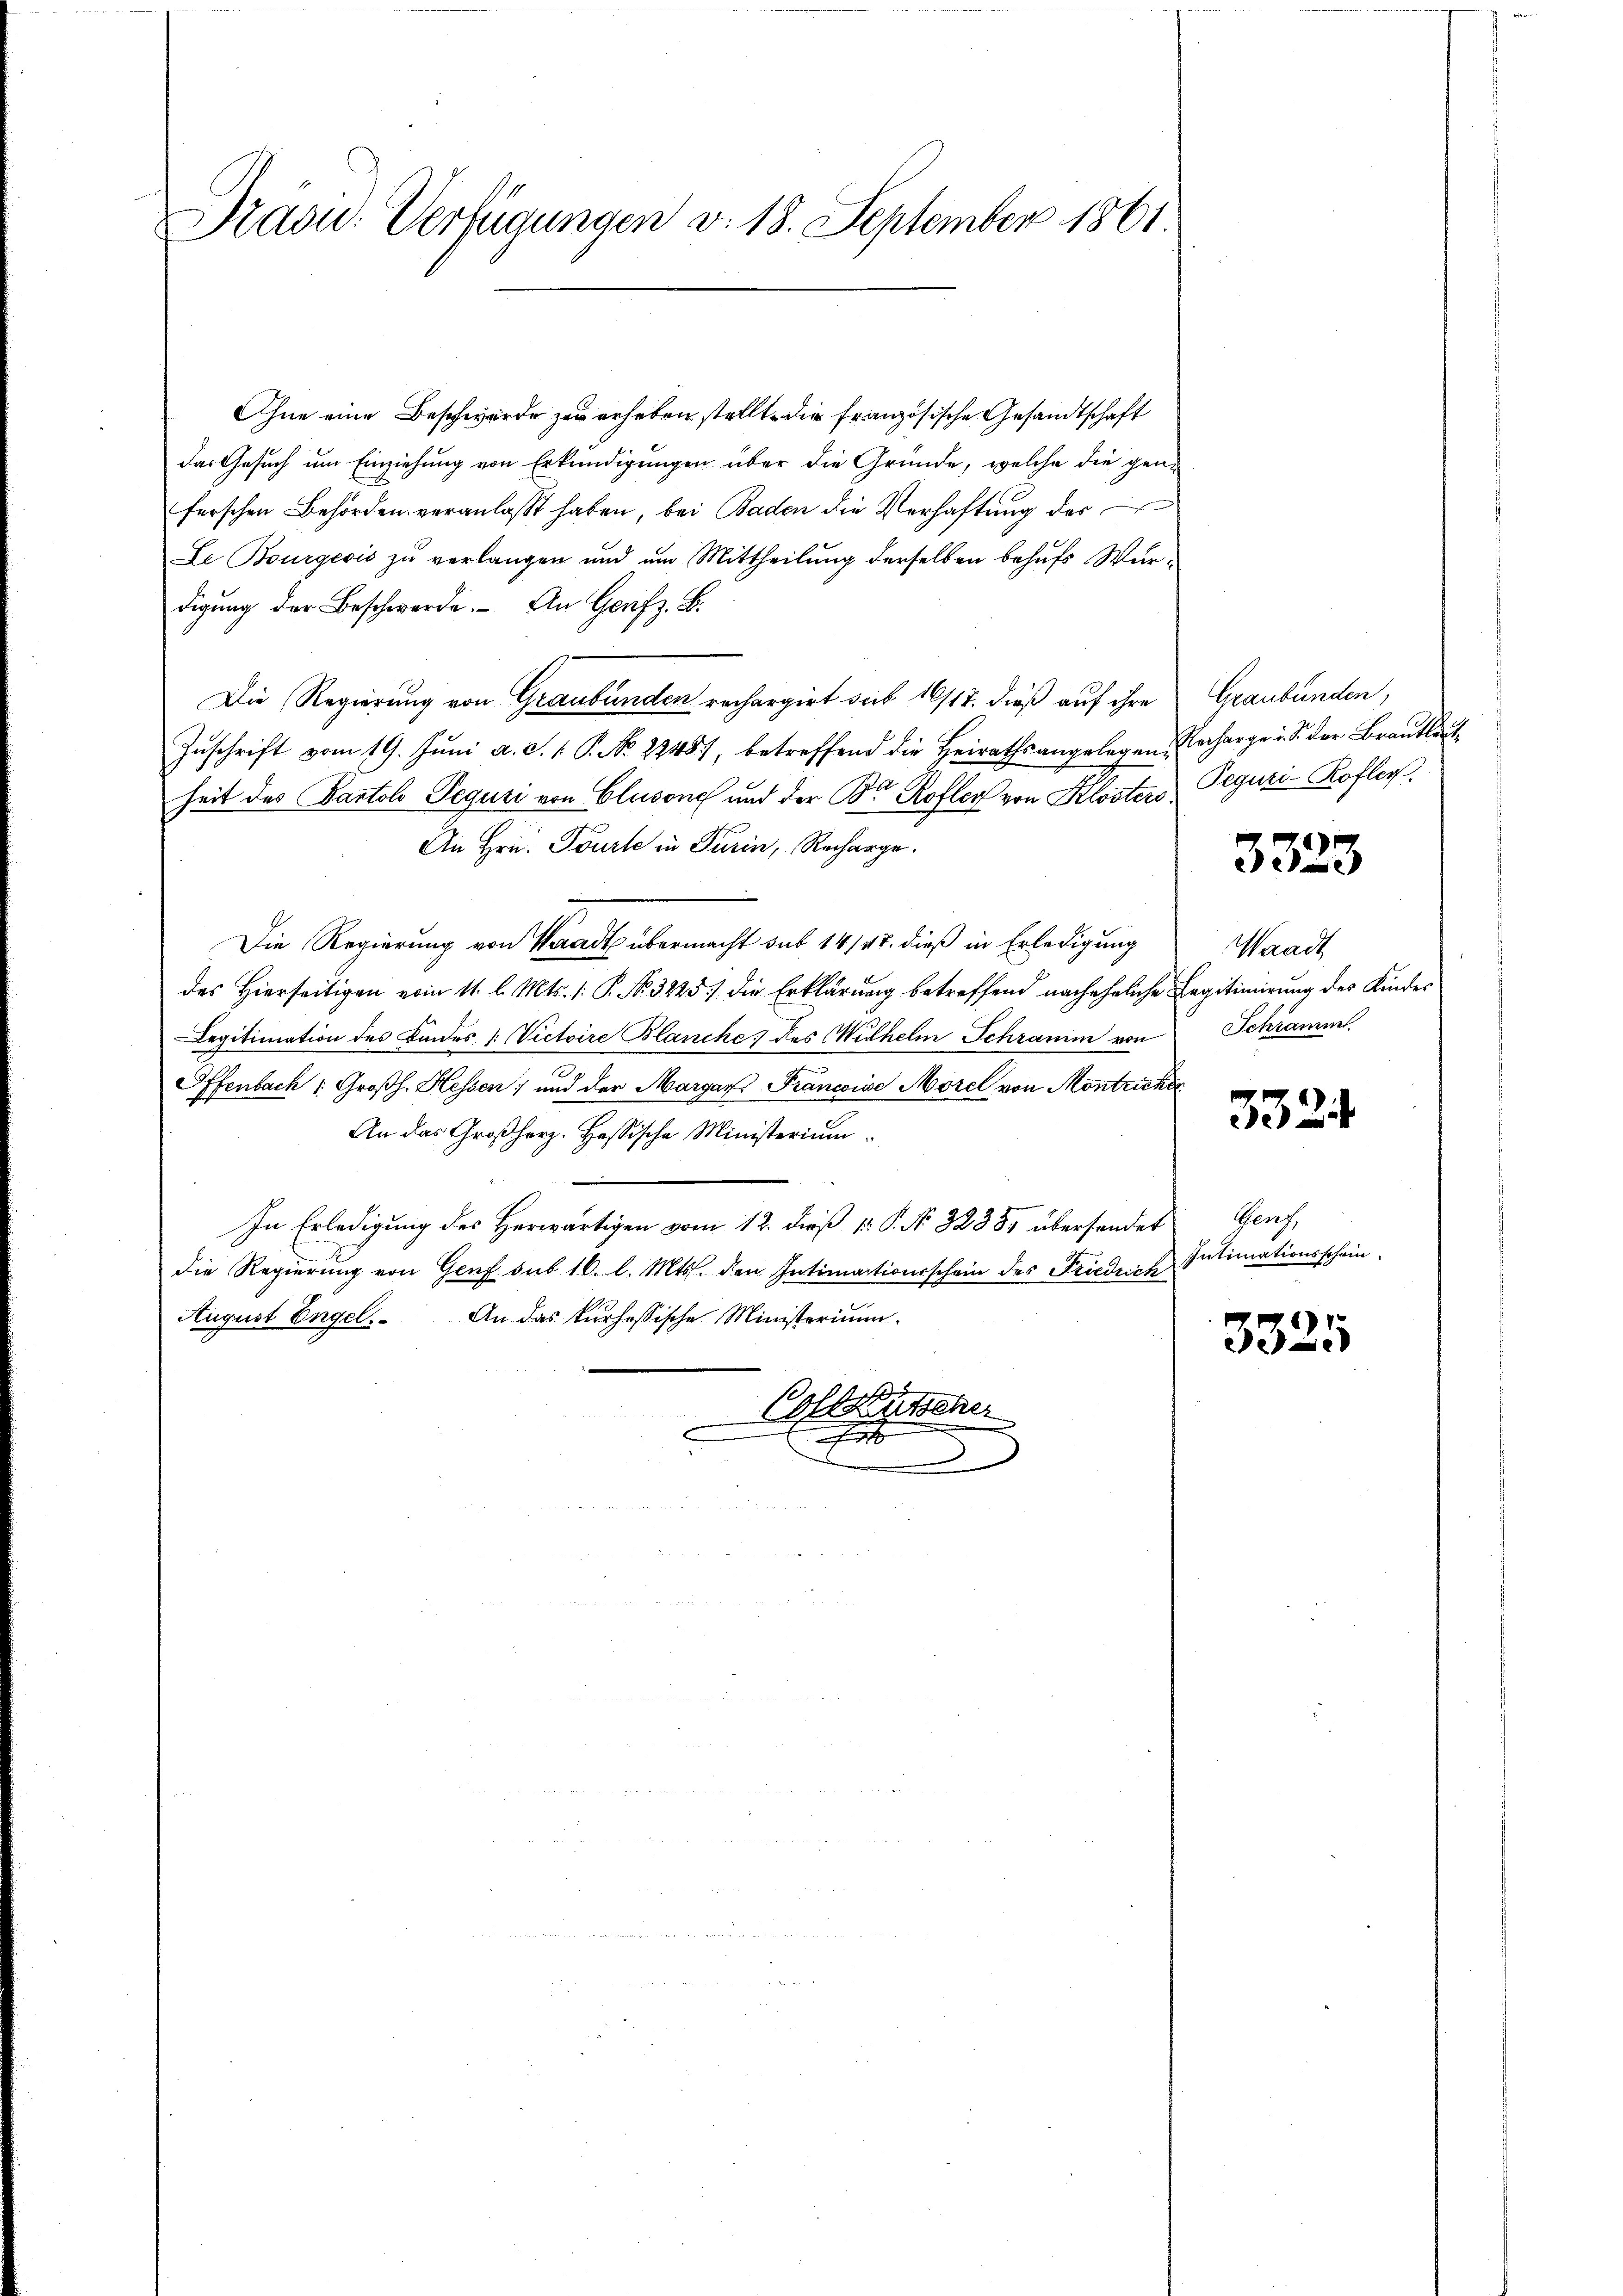
Prasid. Verfügungen v. 18. September 1861.

Ohne eine Beschwerde zu erheben stellt, die französische Gesandtschaft
das Gesuch um Einziehung von Erkundigungen über die Gründe, welche die gene
ferschen Behörden veranlaßt haben, bei Baden die Verhaftung der
Le Bourgeois zŭ verlangen und um Mittheilung derselben behufs Würdigŭng der Beschwerde. An Genf z. B.
Die Regierung von Graubünden rechargirt sub 16/17. dieß auf ihre
Zuschrift vom 19. Juni a. c. 1. P. No. 2248), betreffend die Heirathsangelegen Recharge u. S. der Brautleut
heit des Partolo Peguri von Clusone und der B. Kofler von Klosters Peguri-Kofler
An Hrn. Tourte in Turin, Recharge.
Die Regierung von Waadt übermacht sub 14/27. dieß in Erledigung
des hierseitigen vom 11. l. Mts. 1. P. Nr. 3225) die Erklärŭng betreffend nach eheliche Legitimierŭng der Kinder
Legitimation des Kindes Victoire Blanche des Wilhelm Schraum von
Offenbach Großh. Hessen; und der Margare Francoise Morel von Montricher
An das Großherz. Hessische Ministerium
In Erledigung des Herwärtigen vom 12. dieß p. P. No. 32385 übersendet
die Regierung von Genf sub 16. l. Mts. den Intimationsschein des Friedrich
August Engel. An das kurhössische Ministerium
Collene

.

Graubünden,

3323

Waadt
Schramm.

3324

Genz
Intimationsschein

3325